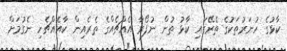
ކާޅުގެ ހުނަރުތަކުގެ ތެރޭގައި ކާޅު ތުން ނުފޯރާ އެއްޗެއްގެ ތެރެއިން ކާއެއްޗެހި ނެގުމަށް